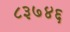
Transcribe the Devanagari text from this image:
८३७४६